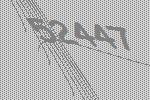
52447